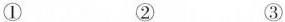
① ② ③